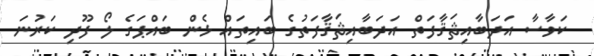
ކަވާސާ އަދަބާއިޘަޤާފަތް އަދަބާއިޘަޤާފަތުގެ ބައިތައް ޅެން ބައްޕަގެ ލޯ ފޫދި ކަރުނަ